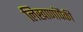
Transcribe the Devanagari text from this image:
लिखाणांपैकी